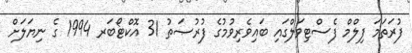
ފުރަތަމަ ފިލްމް ފެސްޓިވަލްގައި ބައިވެރިވުމުގެ ފުރުޞަތު 31 އޮކްޓޯބަރ 1994 ގެ ނިޔަލަށް